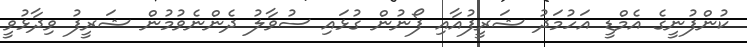
ކުންފުނީގެ އެމްޑީ އަހުމަދު ޝަރީފުއާއި ފޯނުން ގުޅައި ސުވާލު ދެންނެވުމުން ޝަރީފު ވިދާޅުވީ